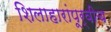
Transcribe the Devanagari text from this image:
शिलाहारांपूर्वीच